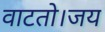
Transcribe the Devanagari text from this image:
वाटतो।जय